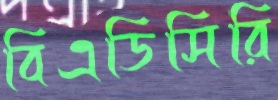
বিএডিসিরি